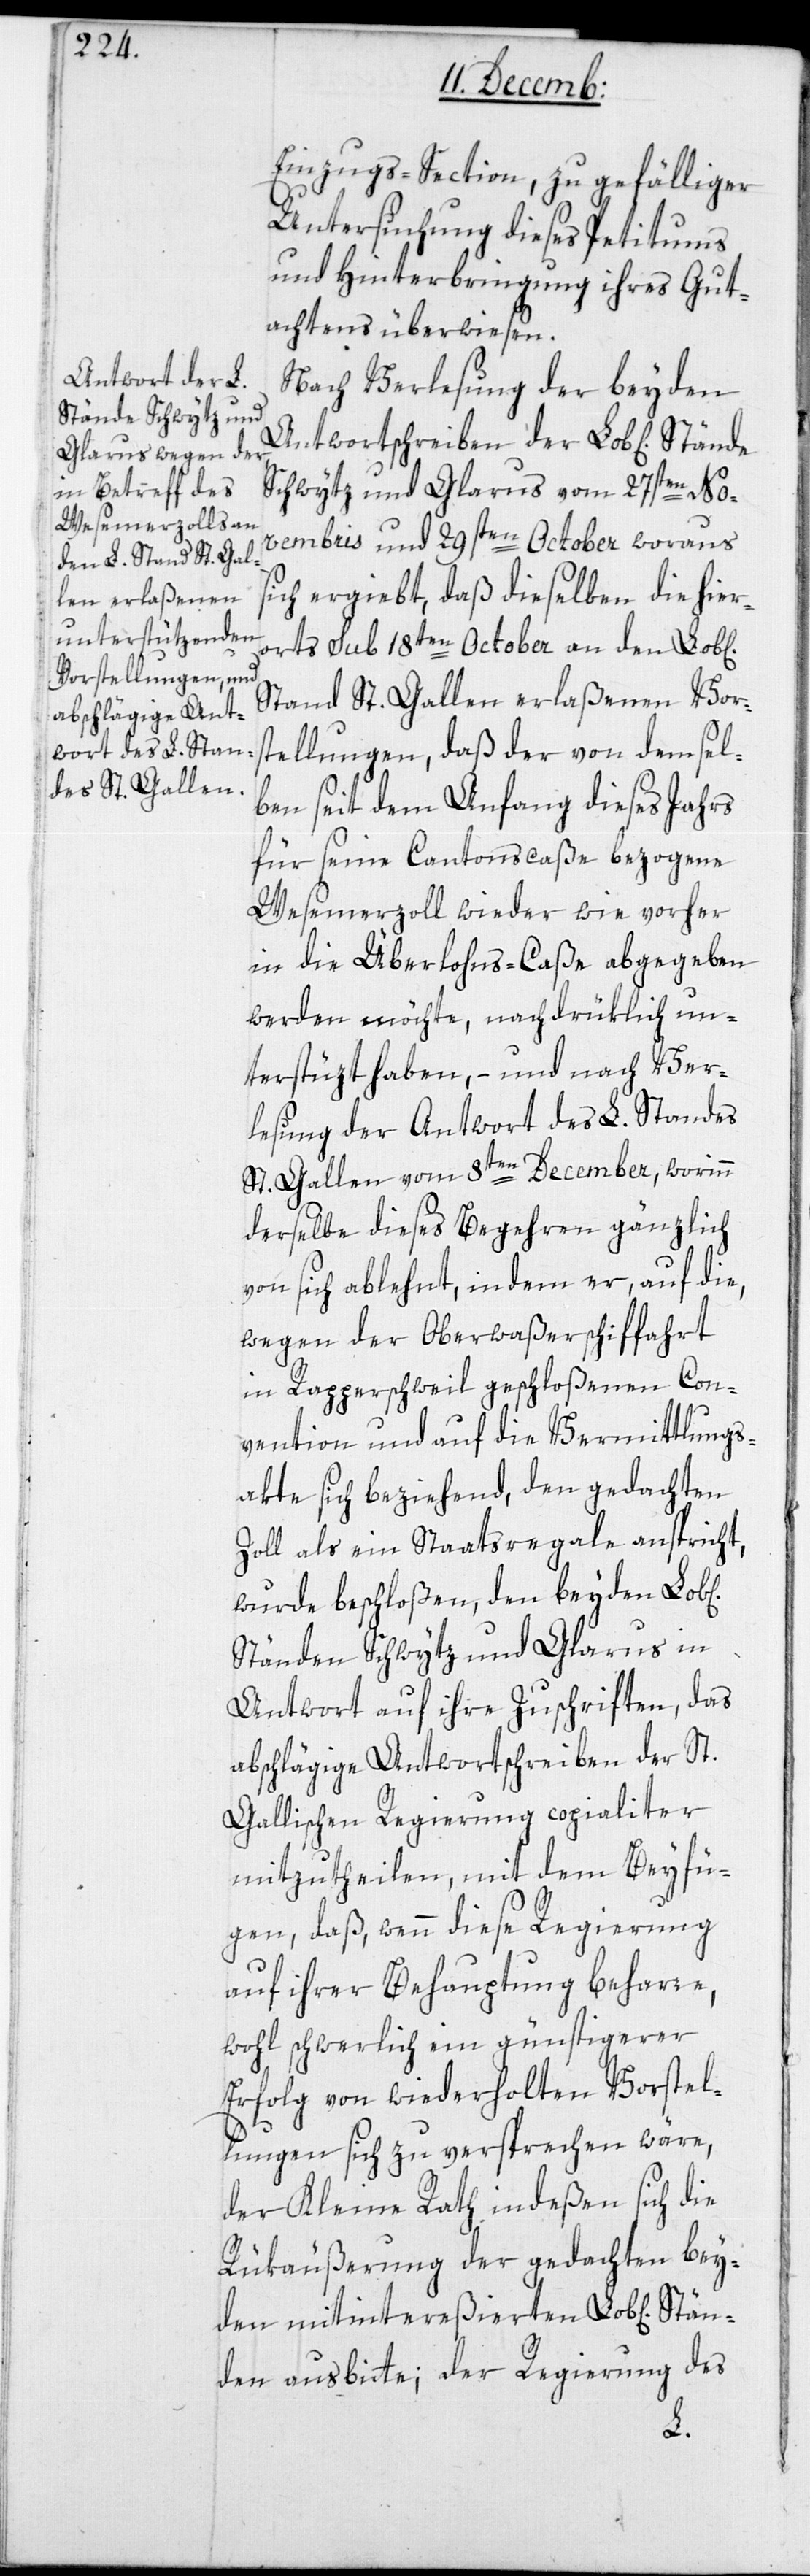
Einzugs-Section, zu gefälliger
Untersuchung dieses Petitums
und Hinterbringung ihres Gut¬
achtens überwiesen.
Nach Verlesung der beyden
Antwortschreiben der Lob[lichen]
Schwytz und Glarus vom 27sten No¬
vembris und 29sten October, woraus
chen] Stand St. Gal¬
ich ergiebt, daß dieselben die hier¬
len erlaßenen
orts sub 18ten October an den Lob[li¬
Vorstellungen, daß
ben seit dem Anfang dieses Jahrs
für seine Cantons-Caße bezogene
Wesemerzoll wieder wie vorher
in die Überlohns-Caße abgegeben
werden möchte, nachdrüklich un¬
terstüzt haben, – und nach Ver¬
lesung der Antwort des L. Standes
St. Gallen vom 8ten December, worinn
derselbe dieses Begehren gänzlich
von sich ablehnt, indem er, auf die,
wegen der Oberwaßerschiffahrt
in Rapperschweil geschloßenen Con¬
vention und auf die Vermittlungs¬
akte sich beziehend, den gedachten
Zoll als ein Staatsregale anspricht,
wurde beschloßen, den beyden
Ständen Schwytz und Glarus in
Antwort auf ihre Zuschriften, das
abschlägige Antwortschreiben der St.
Gallischen Regierung copialiter
mitzutheilen, mit dem Beyfü¬
gen, daß, wenn diese Regierung
auf ihrer Behauptung beharre,
wohl schwerlich ein günstigerer
Erfolg von wiederholten Vorstel¬
lungen sich zu versprechen wäre,
der Kleine Rath indeßen sich die
Rükäußerung der gedachten bey¬
den mitintereßierten Lob[lichen]
den ausbitte; der Regierung des
än¬